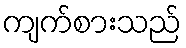
ကျက်စားသည်